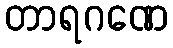
တာရဂဏေ